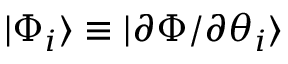
| \Phi _ { i } \rangle \equiv | \partial \Phi / \partial \theta _ { i } \rangle